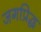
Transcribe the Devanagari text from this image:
जगप्रिद्ध